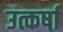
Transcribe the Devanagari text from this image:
उत्कर्षा